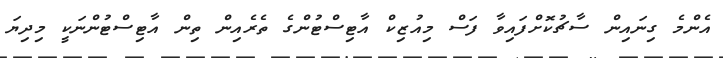
އެންމެ ގިނައިން ސާޗުކޮށްފައިވާ ފަސް މިއުޒިކް އާޓިސްޓުންގެ ތެރެއިން ތިން އާޓިސްޓުންނަކީ މިދިޔަ